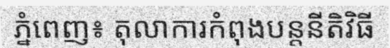
ភ្នំពេញ៖ តុលាការកំពុងបន្តនីតិវិធី